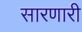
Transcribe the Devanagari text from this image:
सारणारी